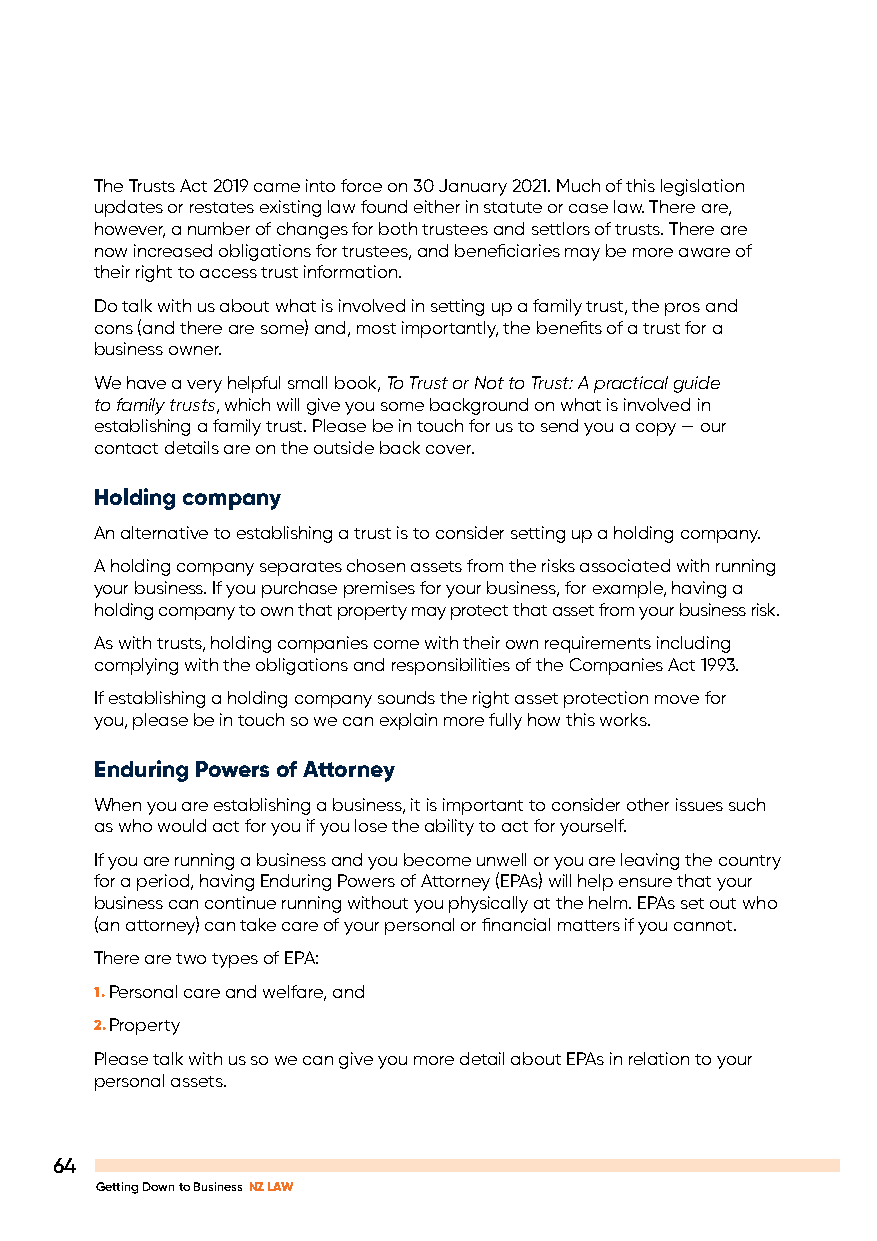
The Trusts Act 2019 came into force on 30 January 2021. Much of this legislation
 updates or restates existing law found either in statute or case law. There are,
 however, a number of changes for both trustees and settlors of trusts. There are
 now increased obligations for trustees, and beneficiaries may be more aware of
 their right to access trust information.
 Do talk with us about what is involved in setting up a family trust, the pros and
 cons (and there are some) and, most importantly, the benefits of a trust for a
 business owner.
 We have a very helpful small book, To Trust or Not to Trust: A practical guide
 to family trusts, which will give you some background on what is involved in
 establishing a family trust. Please be in touch for us to send you a copy — our
 contact details are on the outside back cover.
 Holding company
 An alternative to establishing a trust is to consider setting up a holding company.
 A holding company separates chosen assets from the risks associated with running
 your business. If you purchase premises for your business, for example, having a
 holding company to own that property may protect that asset from your business risk.
 As with trusts, holding companies come with their own requirements including
 complying with the obligations and responsibilities of the Companies Act 1993.
 If establishing a holding company sounds the right asset protection move for
 you, please be in touch so we can explain more fully how this works.
 Enduring Powers of Attorney
 When you are establishing a business, it is important to consider other issues such
 as who would act for you if you lose the ability to act for yourself.
 If you are running a business and you become unwell or you are leaving the country
 for a period, having Enduring Powers of Attorney (EPAs) will help ensure that your
 business can continue running without you physically at the helm. EPAs set out who
 (an attorney) can take care of your personal or financial matters if you cannot.
 There are two types of EPA:
 1. Personal care and welfare, and
 2. Property
 Please talk with us so we can give you more detail about EPAs in relation to your
 personal assets.
 64
 Getting Down to Business NZ LAW